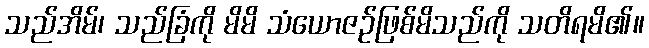
သည်အိမ်၊ သည်ခြံကို မိမိ သံယောဇဉ်ဖြစ်မိသည်ကို သတိရမိ၏။